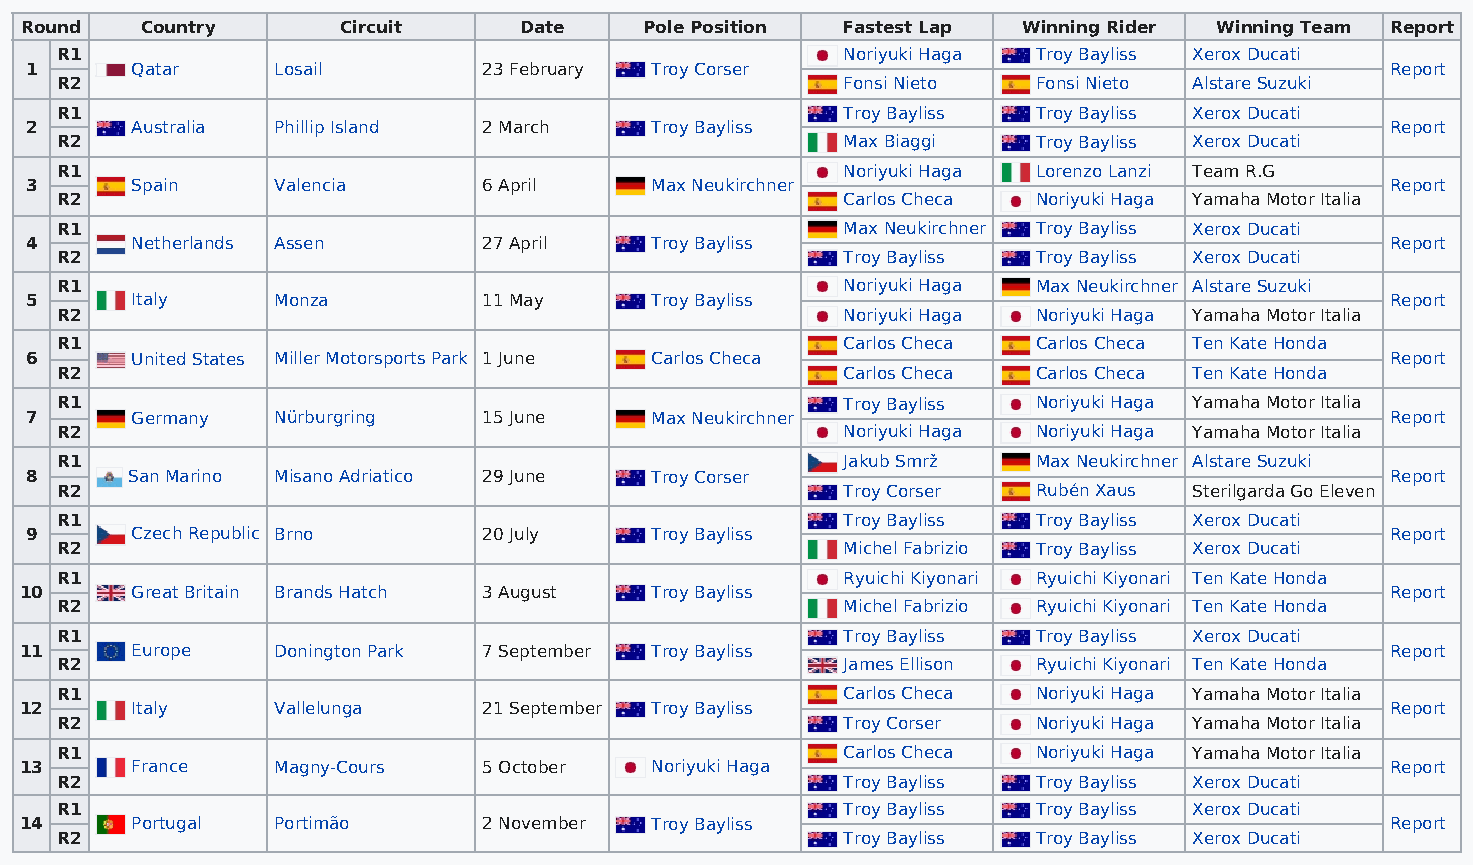
Round   Country       Circuit    Date     Pole Position Fastest Lap Winning Rider Winning Team Report
 R1                                                  Noriyuki Haga Troy Bayliss Xerox Ducati
 1      Qatar    Losail        23 February Troy Corser                                     Report
 R2                                                  Fonsi Nieto  Fonsi Nieto Alstare Suzuki
 R1                                                  Troy Bayliss Troy Bayliss Xerox Ducati
 2      Australia Phillip Island 2 March  Troy Bayliss                                     Report
 R2                                                  Max Biaggi   Troy Bayliss Xerox Ducati
 R1                                                  Noriyuki Haga Lorenzo Lanzi Team R.G
 3      Spain    Valencia      6 April    Max Neukirchner                                  Report
 R2                                                  Carlos Checa Noriyuki Haga Yamaha Motor Italia
 R1                                                  Max Neukirchner Troy Bayliss Xerox Ducati
 4      Netherlands Assen      27 April   Troy Bayliss                                     Report
 R2                                                  Troy Bayliss Troy Bayliss Xerox Ducati
 R1                                                  Noriyuki Haga Max Neukirchner Alstare Suzuki
 5      Italy    Monza         11 May     Troy Bayliss                                     Report
 R2                                                  Noriyuki Haga Noriyuki Haga Yamaha Motor Italia
 R1                                                  Carlos Checa Carlos Checa Ten Kate Honda
 6      United States Miller Motorsports Park 1 June Carlos Checa                          Report
 R2                                                  Carlos Checa Carlos Checa Ten Kate Honda
 R1                                                  Troy Bayliss Noriyuki Haga Yamaha Motor Italia
 7      Germany  Nürburgring   15 June    Max Neukirchner                                  Report
 R2                                                  Noriyuki Haga Noriyuki Haga Yamaha Motor Italia
 R1                                                  Jakub Smrž   Max Neukirchner Alstare Suzuki
 8     San Marino Misano Adriatico 29 June Troy Corser                                     Report
 R2                                                  Troy Corser  Rubén Xaus Sterilgarda Go Eleven
 R1                                                  Troy Bayliss Troy Bayliss Xerox Ducati
 9      Czech Republic Brno    20 July    Troy Bayliss                                     Report
 R2                                                  Michel Fabrizio Troy Bayliss Xerox Ducati
 R1                                                  Ryuichi Kiyonari Ryuichi Kiyonari Ten Kate Honda
 10      Great Britain Brands Hatch 3 August Troy Bayliss                                   Report
 R2                                                  Michel Fabrizio Ryuichi Kiyonari Ten Kate Honda
 R1                                                  Troy Bayliss Troy Bayliss Xerox Ducati
 11      Europe   Donington Park 7 September Troy Bayliss                                   Report
 R2                                                  James Ellison Ryuichi Kiyonari Ten Kate Honda
 R1                                                  Carlos Checa Noriyuki Haga Yamaha Motor Italia
 12      Italy    Vallelunga    21 September Troy Bayliss                                   Report
 R2                                                  Troy Corser  Noriyuki Haga Yamaha Motor Italia
 R1                                                  Carlos Checa Noriyuki Haga Yamaha Motor Italia
 13      France   Magny-Cours   5 October  Noriyuki Haga                                    Report
 R2                                                  Troy Bayliss Troy Bayliss Xerox Ducati
 R1                                                  Troy Bayliss Troy Bayliss Xerox Ducati
 14      Portugal Portimão      2 November Troy Bayliss                                     Report
 R2                                                  Troy Bayliss Troy Bayliss Xerox Ducati